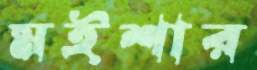
মইশার